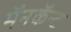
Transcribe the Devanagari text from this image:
मॅनकॅन्ट